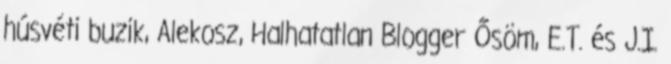
húsvéti buzik, Alekosz, Halhatatlan Blogger Ősöm, E.T. és J.I.